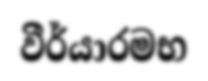
වීර්යාරමභ